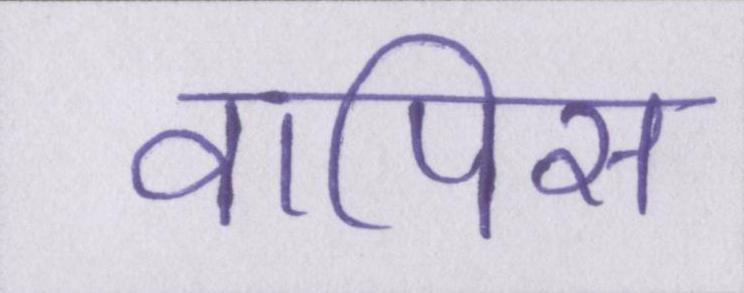
वापिस